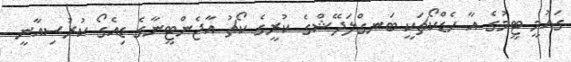
ގައުމީ ޓީމުގެ އާ ހެޑްކޯޗަކީ ބަނގްލަދޭޝްގެ ކުރީގެ ކޯޗު އާޖެންޓީނާގެ ޑިއެގޯ ކުރުސިއާނީ